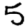
Digit: 5